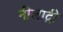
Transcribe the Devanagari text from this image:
नीलाद्री